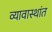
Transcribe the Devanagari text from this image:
व्यावास्थांत